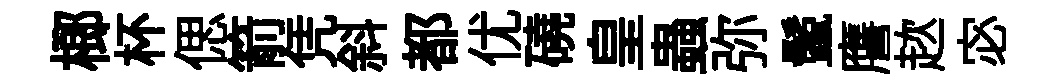
榔杯偲箭凭斜都优磽皇蟲弥鬛譍趑宓